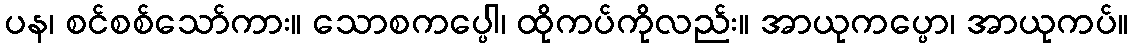
ပန၊ စင်စစ်သော်ကား။ သောစကပ္ပေါ၊ ထိုကပ်ကိုလည်း။ အာယုကပ္ပော၊ အာယုကပ်။